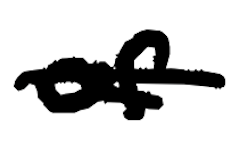
Text: of
Cross-out: single-line
Writing tool: digital_black